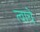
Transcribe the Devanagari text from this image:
त्वाचे